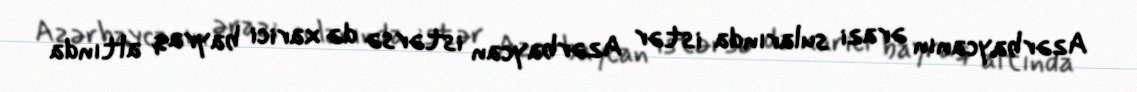
Azərbaycanın ərazi sularında istər Azərbaycan istərsə də xarici bayraq altında